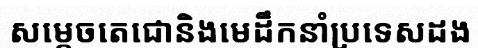
សម្តេចតេជោនិងមេដឹកនាំប្រទេសដង